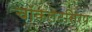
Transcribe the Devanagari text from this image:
चॉकलेटसिरप